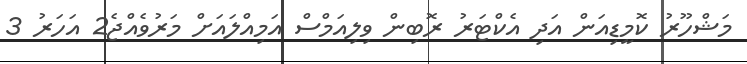
މަޝްހޫރު ކޮމީޑިއަން އަދި އެކްޓަރު ރޮބިން ވިލިއަމްސް އަމިއްލައަށް މަރުވެއްޖެ2 އަހަރު 3